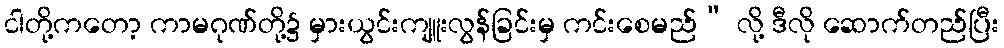
ငါတို့ကတော့ ကာမဂုဏ်တို့၌ မှားယွင်းကျူးလွန်ခြင်းမှ ကင်းစေမည်” လို့ ဒီလို ဆောက်တည်ပြီး